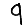
Digit: 9